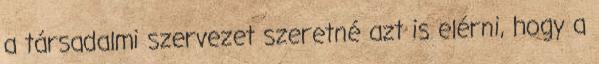
a társadalmi szervezet szeretné azt is elérni, hogy a